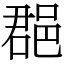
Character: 𨛦